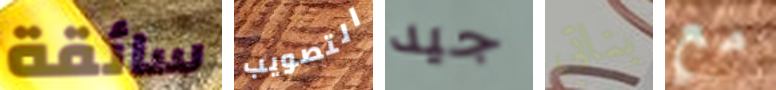
سائقة التصويب جيد بناتي مع